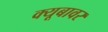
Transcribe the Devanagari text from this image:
क्यूबावर